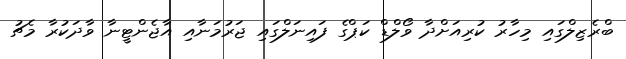
ބްރެޒިލްގައި މިހާރު ކުރިއަށްދާ ވޯލްޑް ކަޕްގެ ފައިނަލްގައި ޖަރުމަނާއި އާޖެންޓީނާ ވާދަކުރާ މެޗު